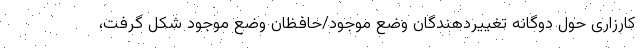
کارزاری حول دوگانه تغییردهندگان وضع موجود/حافظان وضع موجود شکل گرفت،